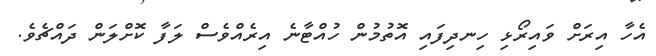
އެހާ އިރަށް ވައިރޯޅި ހިނދިފައި އޮތުމުން ހުއްޓާނެ އިރެއްވެސް ލަފާ ކޮށްލަން ދައްޗެވެ.